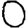
Digit: 0